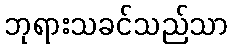
ဘုရားသခင်သည်သာ